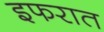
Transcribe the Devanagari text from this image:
इफरात